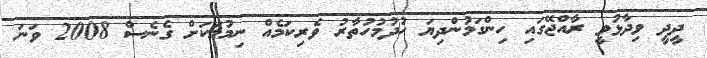
ދީދީ ވިދާޅުވީ ރާއްޖޭގައި ހިންގަމުންދިޔަ ހުދުމުހުތާރު ވެރިކަމެއް ނިމުމަކަށް ގެނެސް 2008 ވަނަ